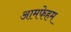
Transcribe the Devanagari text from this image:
आमफेहम